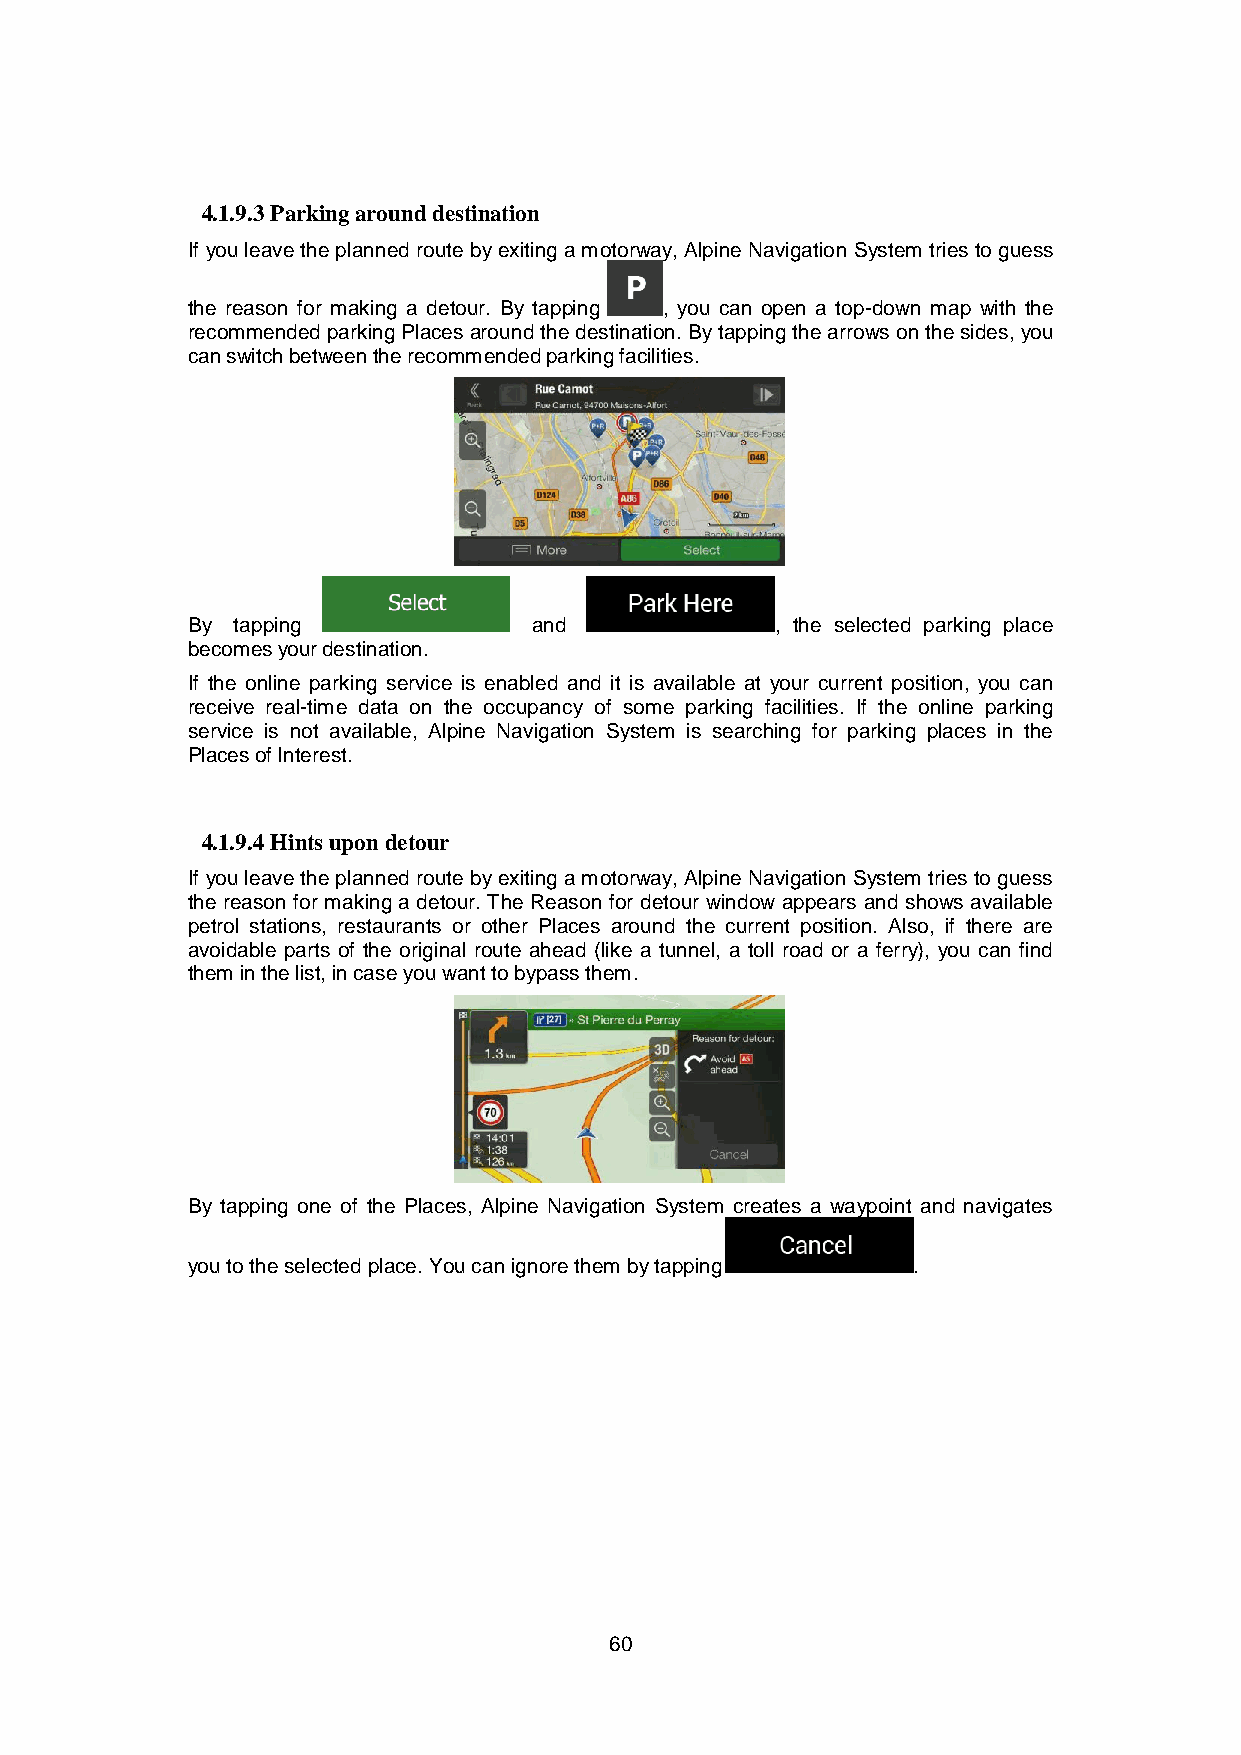
4.1.9.3 Parking around destination
 If you leave the planned route by exiting a motorway, Alpine Navigation System tries to guess
 the reason for making a detour. By tapping , you can open a top-down map with the
 recommended parking Places around the destination. By tapping the arrows on the sides, you
 can switch between the recommended parking facilities.
 By tapping             and             , the selected parking place
 becomes your destination.
 If the online parking service is enabled and it is available at your current position, you can
 receive real-time data on the occupancy of some parking facilities. If the online parking
 service is not available, Alpine Navigation System is searching for parking places in the
 Places of Interest.
 4.1.9.4 Hints upon detour
 If you leave the planned route by exiting a motorway, Alpine Navigation System tries to guess
 the reason for making a detour. The Reason for detour window appears and shows available
 petrol stations, restaurants or other Places around the current position. Also, if there are
 avoidable parts of the original route ahead (like a tunnel, a toll road or a ferry), you can find
 them in the list, in case you want to bypass them.
 By tapping one of the Places, Alpine Navigation System creates a waypoint and navigates
 you to the selected place. You can ignore them by tapping .
 60